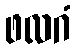
ဖလဂံ